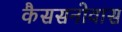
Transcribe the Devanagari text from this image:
कैससनोवास